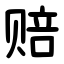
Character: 赔